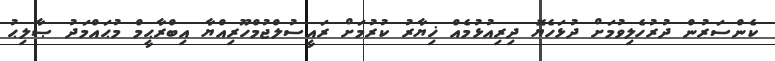
ކެންސަރުން ދުރުހެލިވުމަށް ދުޅަހެޔޮ ދިރިއުޅުމެއް ޚިޔާރު ކުރުމަށް ރައީސުލްޖުމްހޫރިއްޔާ އިބްރާޙީމް މުޙައްމަދު ޞާލިޙު